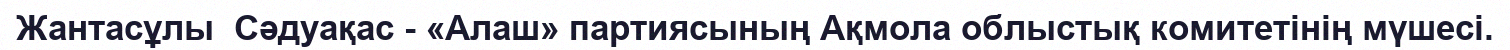
Жантасұлы  Сәдуақас - «Алаш» партиясының Ақмола облыстық комитетінің мүшесі.